Report of the King Institute of Preventive Medicine, Guindy
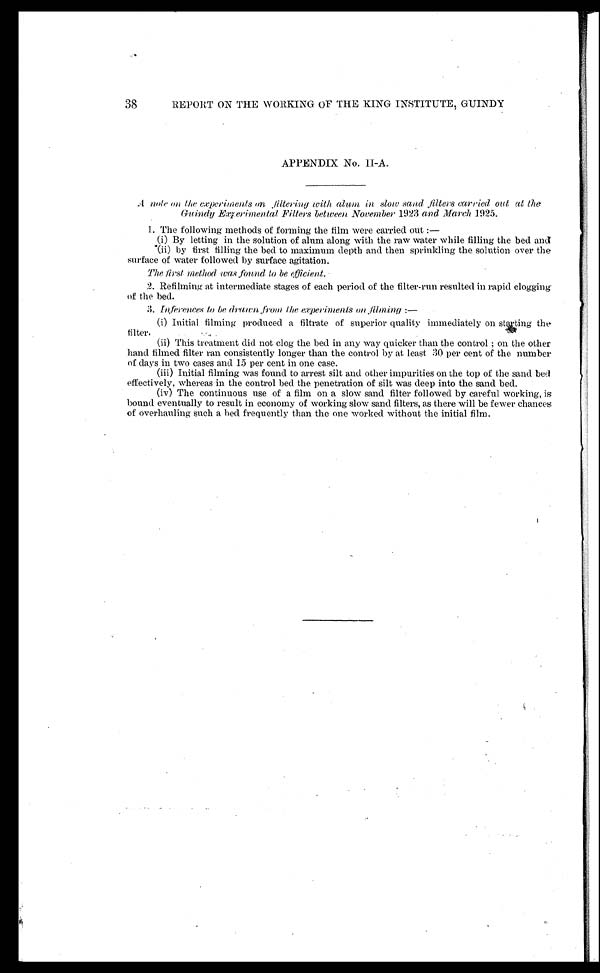
38
REPORT ON THE WORKING OF THE KING INSTITUTE, GUINDY
APPENDIX No. II-A.
A note on the experiments on filtering with alum in slow sand filters carried out at the
Guindy Experimental Filters between November 1923 and March 1925.
1. The following methods of forming the film were carried out:—
(i) By letting in the solution of alum along with the raw water while filling the bed and
(ii) by first filling the bed to maximum depth and then sprinkling the solution over the
surface of water followed by surface agitation.
The first method was found to be efficient.
2. Refilming at intermediate stages of each period of the filter-run resulted in rapid clogging
of the bed.
3. Inferences to be drawn from the experiments
on filming:—
(i) Initial filming produced a filtrate of superior quality immediately on starting the
filter.
(ii) This treatment did not clog the bed in any way quicker than the control; on the other
hand filmed filter ran consistently longer than the control by at least 30 per cent of the number
of days in two cases and 15 per cent in one case.
(iii) Initial filming was found to arrest silt and other impurities on the top of the sand bed
effectively, whereas in the control bed the penetration of silt was deep into the sand bed.
(iv) The continuous use of a film on a slow sand filter followed by careful working, is
bound eventually to result in economy of working slow sand filters, as there will be fewer chances
of overhauling such a bed frequently than the one worked without the initial film.